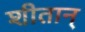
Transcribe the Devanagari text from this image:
शीतान्